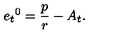
{ e _ { t } } ^ { 0 } = \frac p r - A _ { t } .